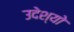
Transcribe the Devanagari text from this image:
उदेश्यो